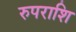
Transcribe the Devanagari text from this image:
रुपराशि